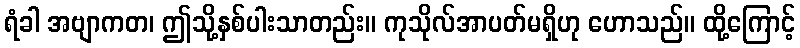
ရံခါ အဗျာကတ၊ ဤသို့နှစ်ပါးသာတည်း။ ကုသိုလ်အာပတ်မရှိဟု ဟောသည်။ ထို့ကြောင့်